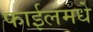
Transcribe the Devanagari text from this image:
फाईलमधे